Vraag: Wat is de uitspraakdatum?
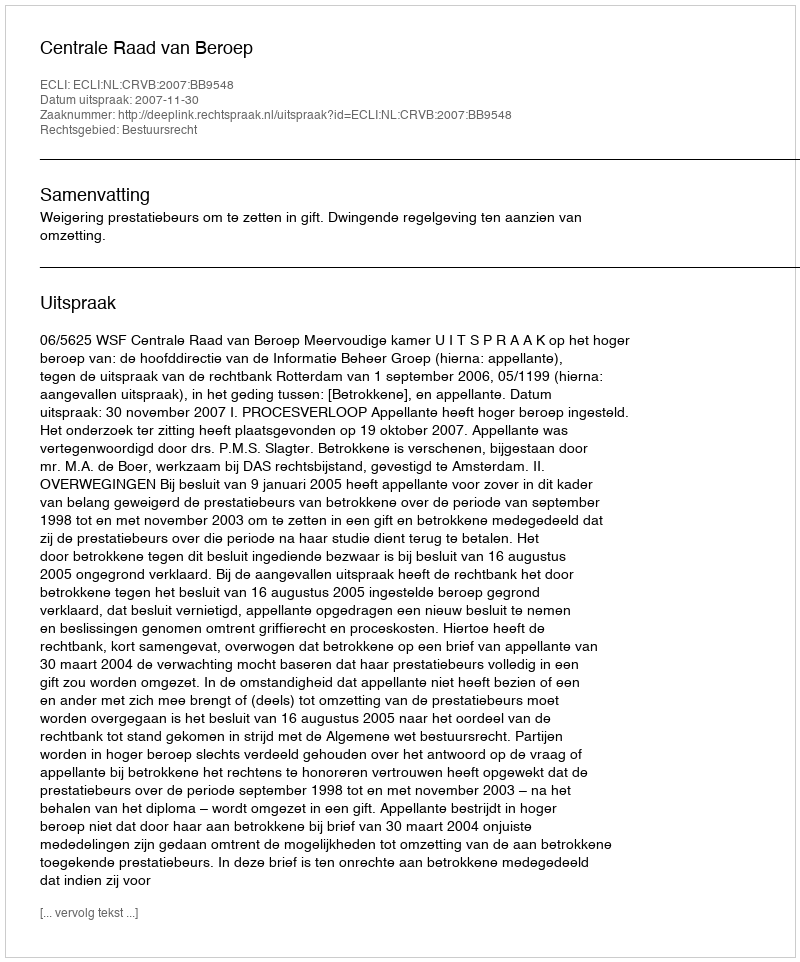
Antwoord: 2007-11-30